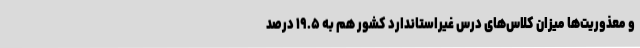
و معذوریت‌ها میزان کلاس‌های درس غیراستاندارد کشور هم به ۱۹.۵ درصد